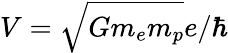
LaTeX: V=\sqrt{Gm_{e}m_{p}}e/\hbar